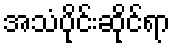
အသံပိုင်းဆိုင်ရာ